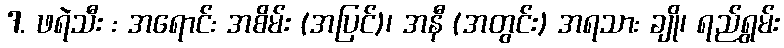
7. ဖရဲသီး : အရောင်: အစိမ်း (အပြင်)၊ အနီ (အတွင်း) အရသာ: ချို၊ ရည်ရွှမ်း